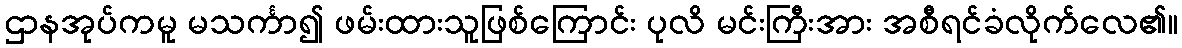
ဌာနအုပ်ကမူ မသင်္ကာ၍ ဖမ်းထားသူဖြစ်ကြောင်း ပုလိ မင်းကြီးအား အစီရင်ခံလိုက်လေ၏။